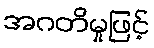
အဂတိမှုဖြင့်